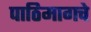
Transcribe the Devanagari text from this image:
पाठिमागचे